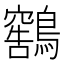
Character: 𫛕